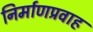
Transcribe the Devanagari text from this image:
निर्माणप्रवाह